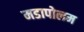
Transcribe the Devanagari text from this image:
मडापोलम